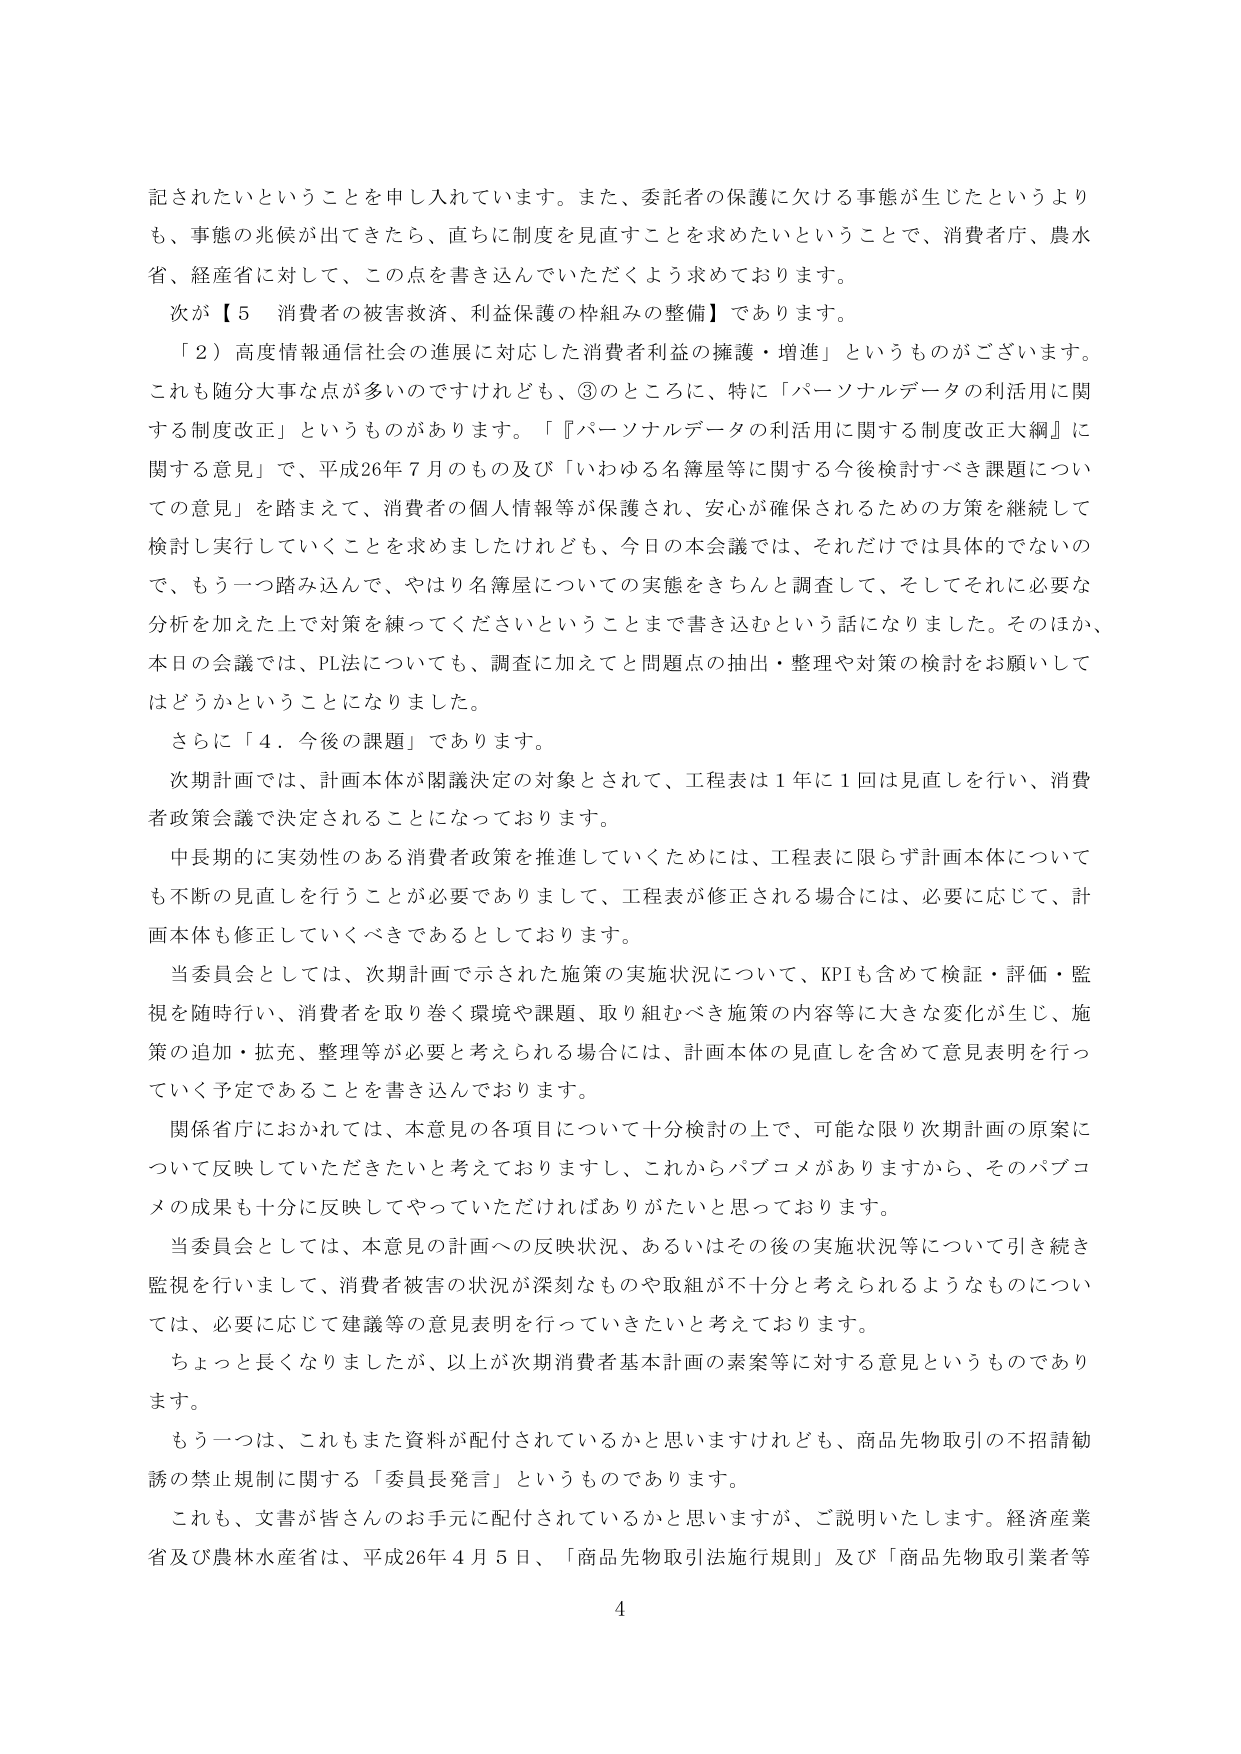
記されたいということを申し入れています。また、委託者の保護に欠ける事態が生じたというよりも、事態の兆候が出てきたら、直ちに制度を見直すことを求めたいということで、消費者庁、農水省、経産省に対して、この点を書き込んでいただくよう求めております。

次が【５ 消費者の被害救済、利益保護の枠組みの整備】であります。

「２）高度情報通信社会の進展に対応した消費者利益の擁護・増進」というもののがございます。これも随分大事な点が多いのですけれども、③のところに、特に「パーソナルデータの利活用に関する制度改正」というものがあります。「『パーソナルデータの利活用に関する制度改正大綱』に関する意見」で、平成26年7月のもの及び「いわゆる名簿屋等に関する今後検討すべき課題についての意見」を踏まえて、消費者の個人情報等が保護され、安心が確保されるための方策を継続して検討し実行していくことを求めましたけれども、今日の本会議では、それだけでは具体的でないので、もう一踏み込んで、やはり名簿屋についての実態をきちんと調査して、そしてそれに必要な分析を加えた上で対策を練ってくださいということまで書き込むという話になりました。そのほか、本日の会議では、PL法についても、調査に加えてと問題点の抽出・整理や対策の検討をお願いしてはどうかということになりました。

さらに「４．今後の課題」であります。

次期計画では、計画本体が閣議決定の対象とされて、工程表は1年に1回は見直しを行い、消費者政策会議で決定されることになっております。

中長期的に実効性のある消費者政策を推進していくためには、工程表に限らず計画本体についても不断の見直しを行うことが必要でありまして、工程表が修正される場合には、必要に応じて、計画本体も修正していくべきであるとしております。

当委員会としては、次期計画で示された施策の実施状況について、KPIも含めて検証・評価・監視を随時行い、消費者を取り巻く環境や課題、取り組むべき施策の内容等に大きな変化が生じ、施策の追加・拡充、整理等が必要と考えられる場合には、計画本体の見直しを含めて意見表明を行っていく予定であることを書き込んでおります。

関係省庁におかれましては、本意見の各項目について十分検討の上で、可能な限り次期計画の原案について反映していただきたいと考えておりますし、これからパブコメがありますから、そのパブコメの成果も十分に反映してやっていただければありがたいと思っております。

当委員会としては、本意見の計画への反映状況、あるいはその後の実施状況等について引き続き監視を行いまして、消費者被害の状況が深刻なものや取組が不十分と考えられるようなものについては、必要に応じて建議等の意見表明を行っていきたいと考えております。

ちょっと長くなりましたが、以上が次期消費者基本計画の素案等に対する意見というものであります。

もう一つは、これもまた資料が配付されているかと思いますけれども、商品先物取引の不招請勧誘の禁止規制に関する「委員長発言」というものであります。

これも、文書が皆さんのお手元に配付されているかと思いますが、ご説明いたします。経済産業省及び農林水産省は、平成26年4月5日、「商品先物取引法施行規則」及び「商品先物取引業者等

4